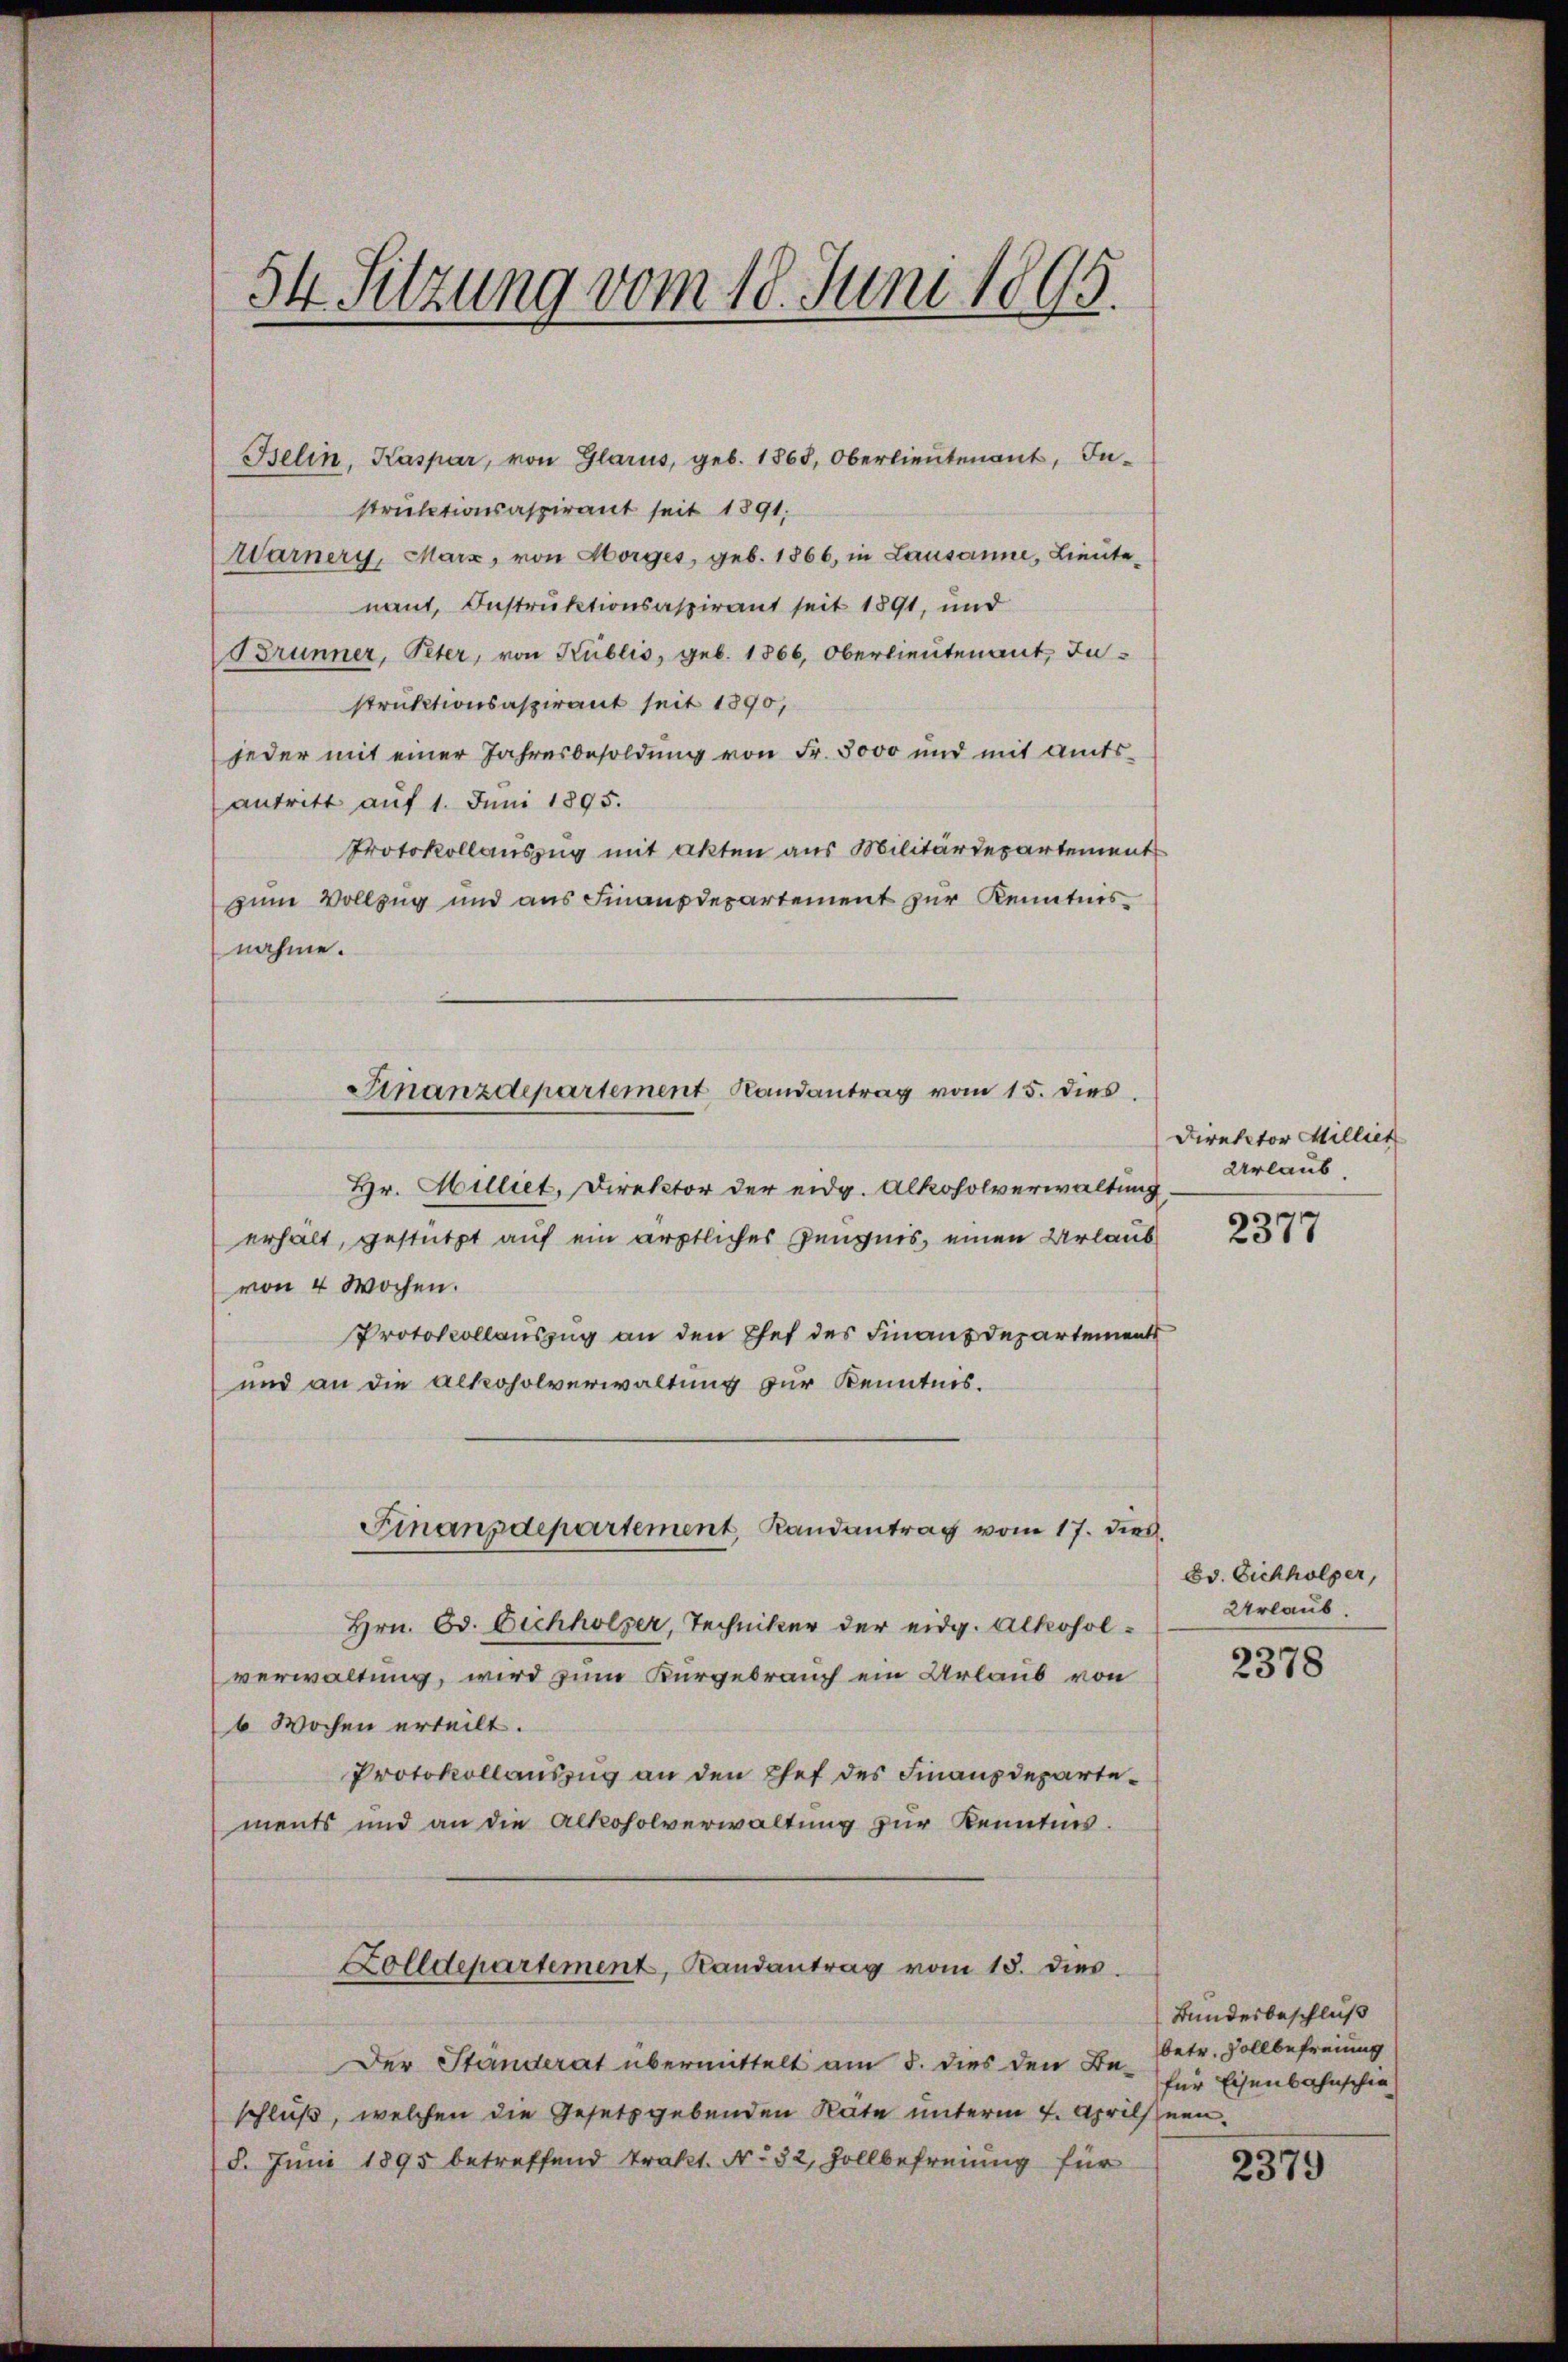
54 Sitzung vom 18. Juni 1895.

Belin, Kaspar, von Glarus, geb. 1868, Oberlieutenant, Instruktionsaspirant seit 1891.
Warnery, Marz, von Horges, geb. 1866, in Lausanne, Lieutenant, Instruktionsaspirant seit 1891, und
Brunner, Peter, von Kublio, geb. 1866, Oberlieutenant Instruktionsaspirant seit 1890,
jeder mit einer Jahresbesoldung von Fr. 3000 und mit Amtsantritt auf 1. Juni 1895.
Protokollauszug mit akten aus Militärdepartement
zum Vollzug und aus Finanzdepartement zur Kenntnis
nahme.
Hr. Milliet, Direktor der eidg. Alkoholverwaltung,
erhält, gestützt auf ein ärztliches Zeugnis, einen Urlaub
von 4 Wochen.
Protokollauszug an den Ehef des Finanzdepartements
und an die Alkoholverwaltung zur Kenntnis.
Finanzdepartement, Randantrag vom 17. dies
Hrn. Ed. Eichholzer, Techniker der eidg. Alkoholverwaltung, wird zum Kurgebrauch ein Urlaub von
6 Wochen erteilt.
Protokollauszug an den Chef des Finanzdepartements und an die Alkoholverwaltung zur Kenntnis.

Ginanzdepartement Randantrag vom 15. dies

Zolldepartement, Randantrag vom 13. dies

Der Ständerat übermittelt am 8. dies den Be-
schluß, welchen die Gesetzgebenden Räte unterm 4. Aprils neu¬
8. Juni 1895 betreffend Trakt. Nr. 32, Zollbefreiung für

Direktor Millier
Urlaub

2377

Ed. Eichholzer,
Urlaub

2378

Bundesbeschluß
betr. Vollbefreiung
für Eisenbahnschie

2379